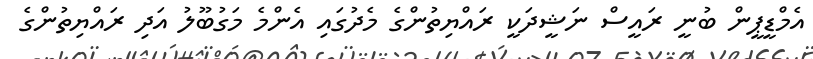
އެމްޑީޕީން ބުނީ ރައީސް ނަޝީދަކީ ރައްޔިތުންގެ މެދުގައި އެންމެ މަގުބޫލު އަދި ރައްޔިތުންގެ